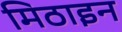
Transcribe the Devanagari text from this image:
मिठाइन